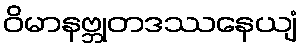
ဝိမာနဗ္ဘုတဒဿနေယျံ